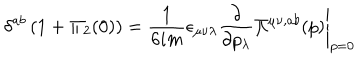
\delta ^ { a b } \, ( 1 + \Pi _ { 2 } ( 0 ) ) = { \frac { 1 } { 6 i m } } \epsilon _ { \mu \nu \lambda } \left. { \frac { \partial } { \partial p _ { \lambda } } } \Pi ^ { \mu \nu , a b } ( p ) \right| _ { p = 0 }